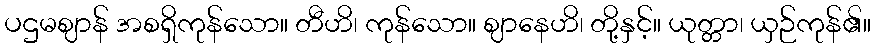
ပဌမဈာန် အစရှိကုန်သော။ တီဟိ၊ ကုန်သော။ ဈာနေဟိ၊ တို့နှင့်။ ယုတ္တာ၊ ယှဉ်ကုန်၏။